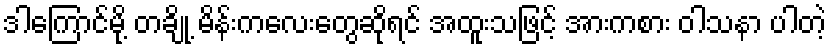
ဒါကြောင်မို့ တချို့ မိန်းကလေးတွေဆိုရင် အထူးသဖြင့် အားကစား ဝါသနာ ပါတဲ့